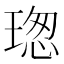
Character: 𤧚